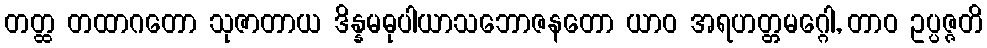
တတ္ထ တထာဂတော သုဇာတာယ ဒိန္နမဓုပါယာသဘောဇနတော ယာဝ အရဟတ္တမဂ္ဂေါ, တာဝ ဥပ္ပဇ္ဇတိ